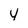
Character: 4